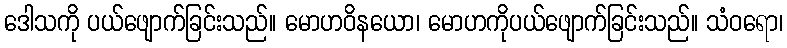
ဒေါသကို ပယ်ဖျောက်ခြင်းသည်။ မောဟဝိနယော၊ မောဟကိုပယ်ဖျောက်ခြင်းသည်။ သံဝရော၊